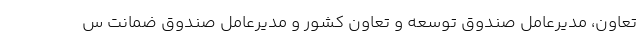
تعاون، مدیرعامل صندوق توسعه و تعاون کشور و مدیرعامل صندوق ضمانت س